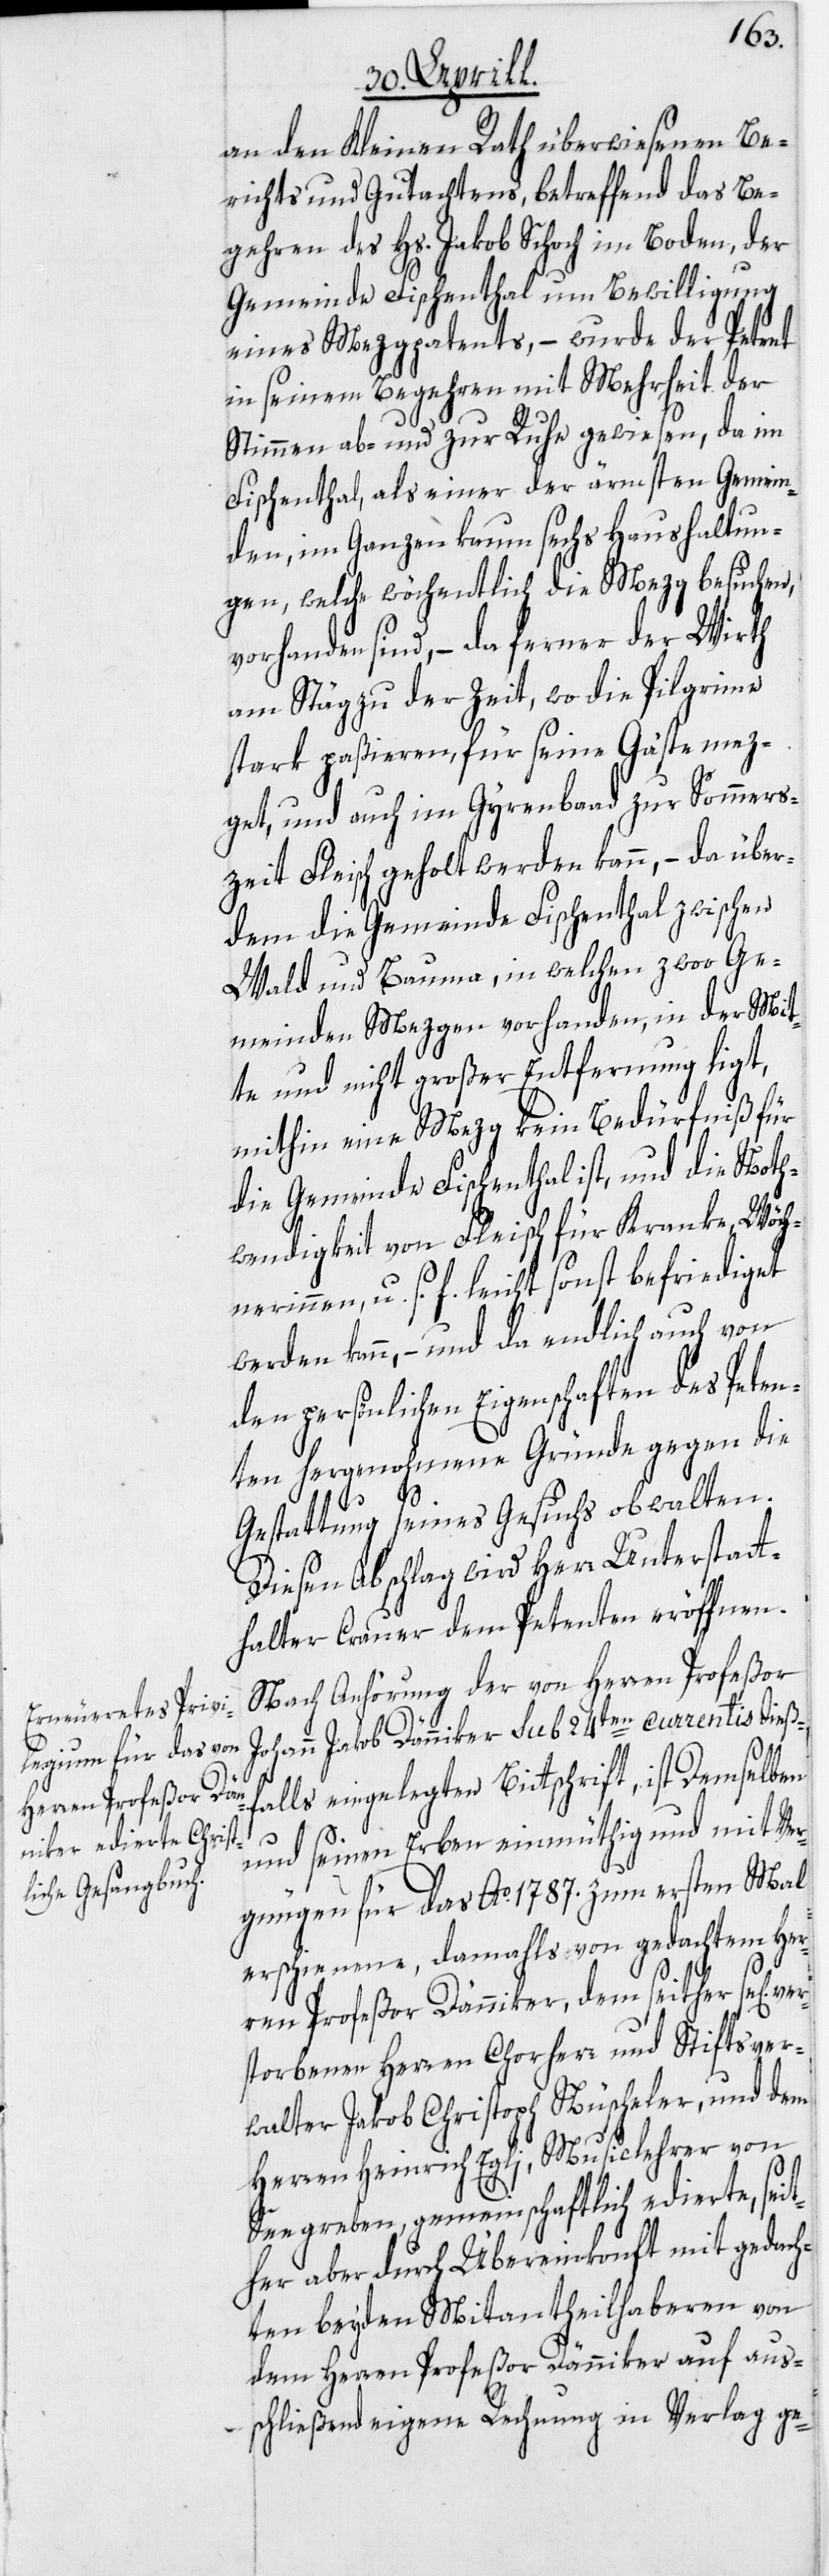
an den Kleinen Rath überwiesenen Be¬
richts und Gutachtens, betreffend das Be¬
gehren des Hs. Jakob Schoch im Boden, der
Gemeinde Fischenthal um Bewilligung
eines Metzgpatents, – wurde der Petent
in seinem Begehren mit Mehrheit der
Stimmen ab- und zur Ruhe gewiesen, da im
Fischenthal, als einer der ärmsten Gemein¬
den, im Ganzen kaum sechs Haushaltun¬
gen, welche wöchentlich die Mezg besuchen,
vorhanden sind, – da ferner der Wirth
am Stäg zu der Zeit, wo die Pilgrime
stark paßieren, für seine Gäste mez¬
get, und auch im Gyrenbad zur Sommers¬
zeit Fleisch geholt werden kann, – da über¬
dem die Gemeinde Fischenthal zwischen
Wald und Bauma, in welchen zwoo Ge¬
meinden Mezgen vorhanden, in der Mit¬
te und nicht großer Entfernung ligt,
mithin eine Mezg kein Bedürfniß für
die Gemeinde Fischenthal ist, und die Noth¬
wendigkeit von Fleisch für Kranke, Wöch¬
nerinnen, u. s. f. leicht sonst befriediget
werden kann, – und da endlich auch von
den persönlichen Eigenschaften des Peten¬
ver¬
ten hergenohmene Gründe gegen die
Gestattung seines Gesuchs obwalten.
Diesen Abschlag wird Herr Unterstatt¬
halter Crauer dem Petenten eröffnen.
Nach Anhörung der von Herren Profeßor
Johann Jakob Dänniker sub 24ten currentis dießf¬
alls eingelegten Bittschrift, ist Demselben
und seinen Erben einmüthig und mit Ver¬
gnügen für das Ao. 1787. zum ersten Mal
erschienene, damahls von gedachtem Her¬
ren Profeßor Dänniker, dem seither se[lig]
storbenen Herren Chorherr und Stiftsver¬
walter Jakob Christoph Nüscheler, und dem
Herren Heinrich Egli, Musiclehrer von
Seegreben, gemeinschaftlich edierte, seit¬
her aber durch Übereinkonft mit gedach¬
ten beyden Mitantheilhaberen von
dem Herren Profeßor Dänniker auf aus¬
schließend eigene Rechnung in Verlag ge-